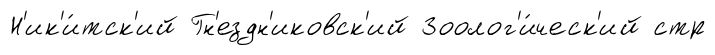
Н'ик'и́тск'ий Гн'ездн'иковск'ий Зоолог'и́ческ'ий стр